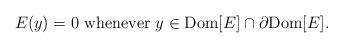
LaTeX: \begin{align*} E(y) = 0 \ \mbox{whenever}\ y \in {\rm Dom}[E] \cap \partial {\rm Dom}[E].\end{align*}